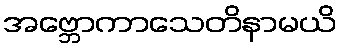
အဗ္ဘောကာသေတိနာမယိ